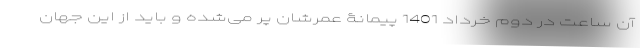
آن ساعت در دوم خرداد 1401 پیمانۀ عمرشان پر می‌شده و باید از این جهان